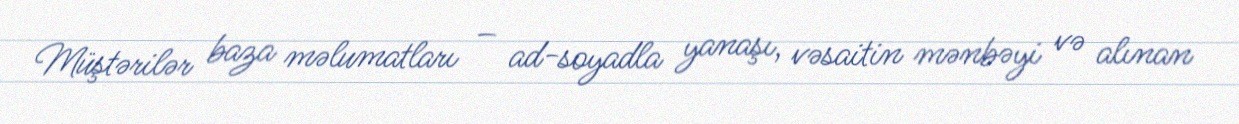
Müştərilər baza məlumatları – ad-soyadla yanaşı, vəsaitin mənbəyi və alınan